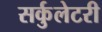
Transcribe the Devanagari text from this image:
सर्कुलेटरी